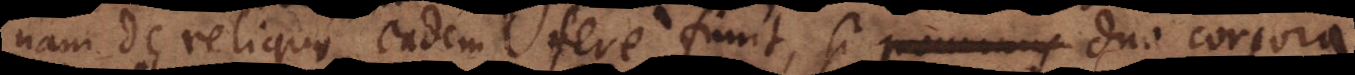
nam de reliquo, eadem fere fiunt, si ponamus duo corpora